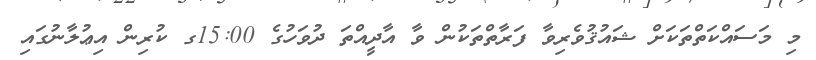
މި މަސައްކަތްތަކަށް ޝައުޤުވެރިވާ ފަރާތްތަކުން ވާ އާދީއްތަ ދުވަހުގެ 15:00ގ ކުރިން އިޢުލާނުގައި